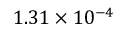
1 . 3 1 \times 1 0 ^ { - 4 }